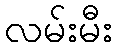
လမ်းမီး